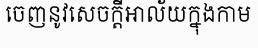
ចេញនូវសេចក្តីអាល័យក្នុងកាម